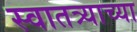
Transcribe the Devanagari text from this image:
स्वातत्र्याच्या